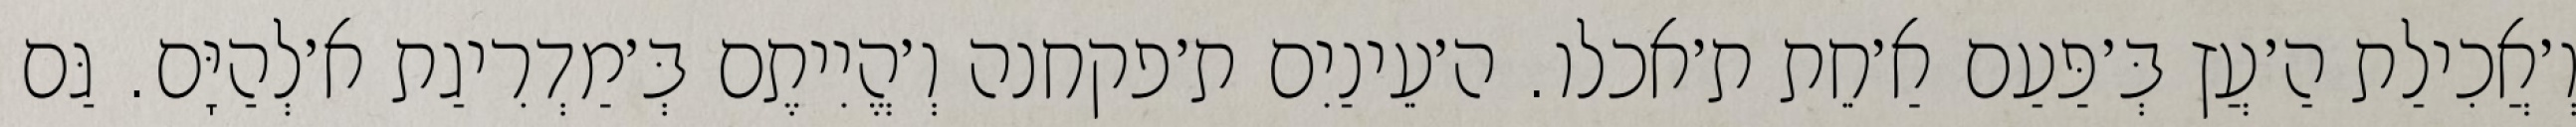
וְ׳אֲכִילַת הַ׳עֲץ בְּ׳פַּעַם אַ׳חֵת ת׳אכלו. ה׳עֵינַיִם ת׳פקחנה וְ׳הֱיִיתֶם בְּ׳מַדְרִיגַת א׳לְהַיָּם. גַּם